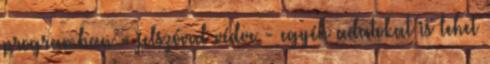
programban - jelszóval védve - egyéb adatokat is lehet